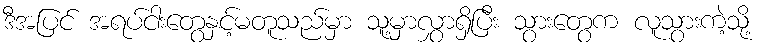
ဒီအပြင် အရပ်ငါးတွေနှင့်မတူသည်မှာ သူ့မှာလွှာရှိပြီး သွားတွေက လူသွားကဲ့သို့